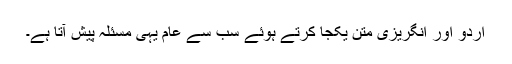
اردو اور انگریزی متن یکجا کرتے ہوئے سب سے عام یہی مسئلہ پیش آتا ہے۔